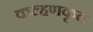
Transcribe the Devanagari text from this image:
कल्हणकृत